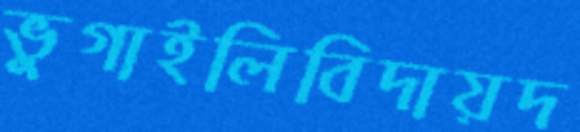
ভুগাইলিবিদায়দ